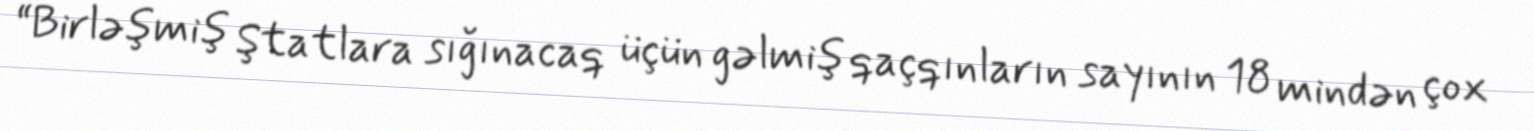
“Birləşmiş Ştatlara sığınacaq üçün gəlmiş qaçqınların sayının 18 mindən çox